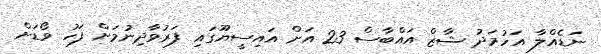
ނަޑެއްލާ އަހުމަދު ޝާޒް އައްބާސް 23 އަށް އައިސީޔޫގައި ފަރުވާދިނުމަށް ފަހު ވޯޑަށް